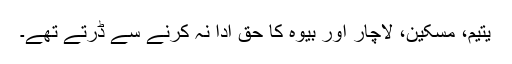
یتیم، مسکین، لاچار اور بیوہ کا حق ادا نہ کرنے سے ڈرتے تھے۔